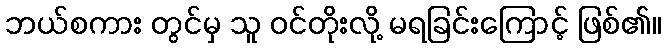
ဘယ်စကား တွင်မှ သူ ဝင်တိုးလို့ မရခြင်းကြောင့် ဖြစ်၏။